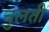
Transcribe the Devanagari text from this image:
चुलती